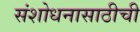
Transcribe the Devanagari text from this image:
संशोधनासाठीची